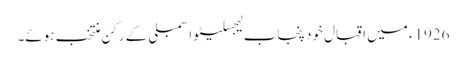
1926ء میں اقبال خود پنجاب لیجسلیٹو اسمبلی کے رکن منتخب ہوئے۔